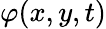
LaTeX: \varphi(x,y,t)